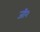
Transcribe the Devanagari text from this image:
जी२